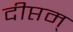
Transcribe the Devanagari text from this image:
दीप्तम्